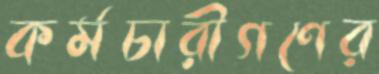
কর্মচারীগণের